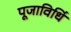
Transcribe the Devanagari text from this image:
पूजाविधिं